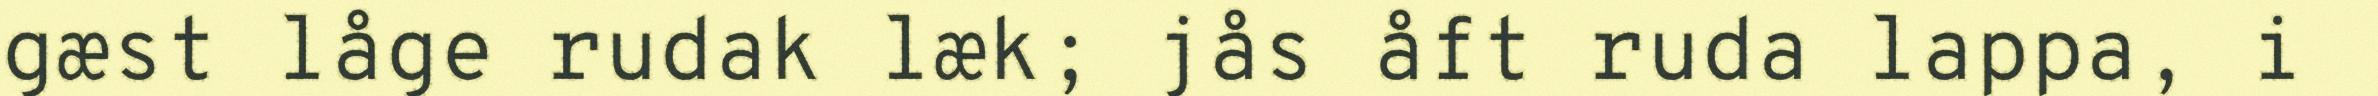
gæst låge rudak læk; jås åft ruda lappa, i